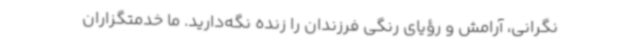
نگرانی، آرامش و رؤیای رنگی فرزندان را زنده نگه‌دارید. ما خدمتگزاران